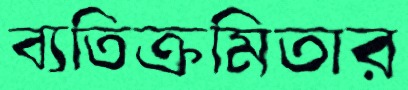
ব্যতিক্রমিতার